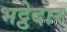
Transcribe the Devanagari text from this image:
भट्ठेदार